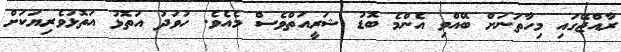
ރާއްޖޭގައި މިހާތަނަށް ބޭއްވި އެންމެ ބޮޑު ޝަރީއަތްވެސް މެއެވެ. ހުވަދު އަތޮޅު އަތޮޅުވެރިޔަކަށް